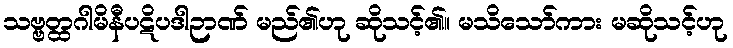
သဗ္ဗတ္ထဂါမိနီပဋိပဒါဉာဏ် မည်၏ဟု ဆိုသင့်၏။ မသိသော်ကား မဆိုသင့်ဟု